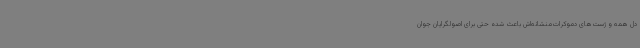
دل همه و ژست‌های دموکرات‌منشانه‌اش باعث شده حتی برای اصولگرایان جوان